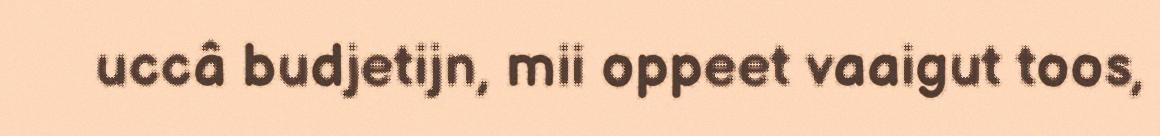
uccâ budjetijn, mii oppeet vaaigut toos,